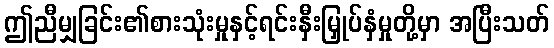
ဤညီမျှခြင်း၏စားသုံးမှုနှင့်ရင်းနှီးမြှုပ်နှံမှုတို့မှာ အပြီးသတ်